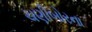
ચણીબોરના